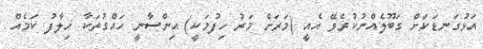
އަޅުގަނޑަކަށް ގަބޫލެއްނުކުރެވޭ އެއީ (މަރަށް މަރު ހިފުމަކީ) އިންސާނީ ހައްގުތަކާ ހިލާފު ކަމެއް